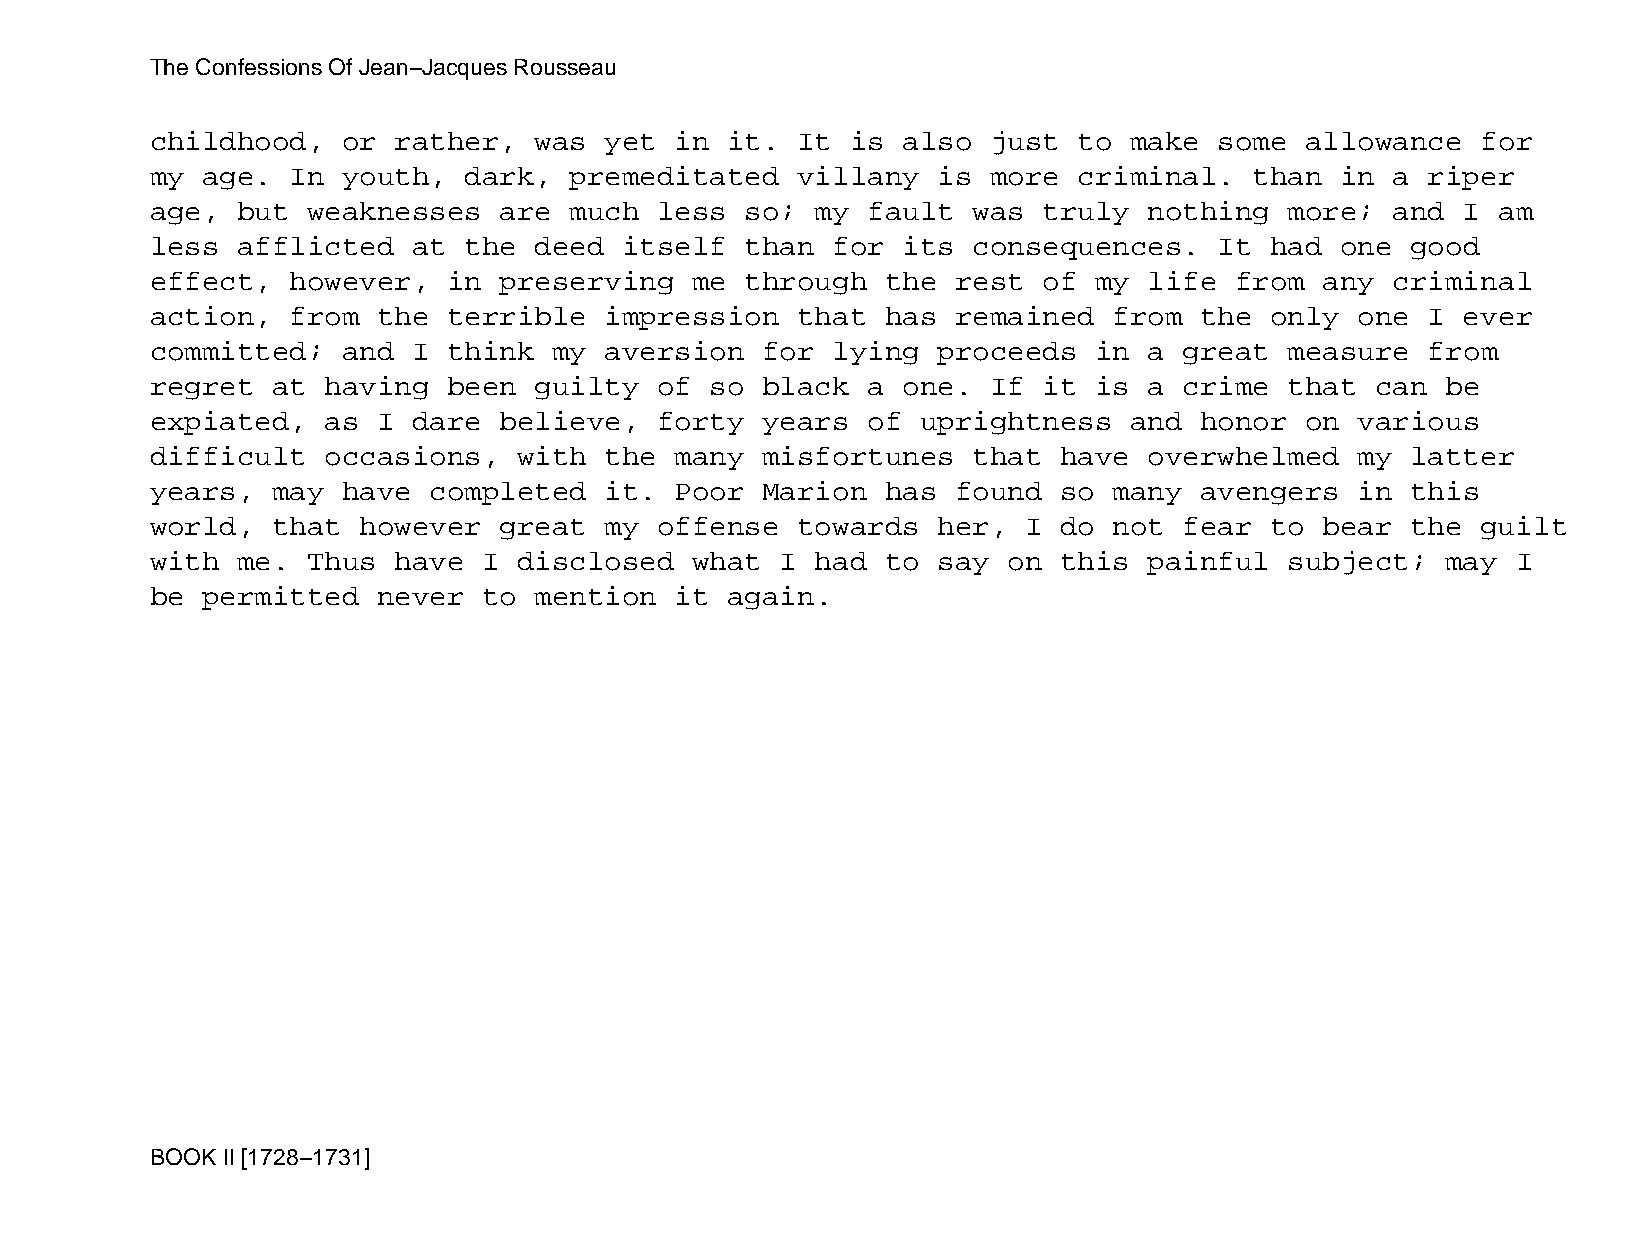
The Confessions Of Jean−Jacques Rousseau
 childhood,   or rather,  was  yet  in it.  It is  also  just to  make  some allowance   for
 my age.  In  youth,  dark,  premeditated   villany  is  more criminal.   than  in a  riper
 age,  but weaknesses   are  much  less so;  my fault  was  truly  nothing  more;  and  I am
 less  afflicted  at  the deed  itself  than  for  its consequences.    It had  one good
 effect,  however,   in preserving   me through   the rest  of my  life  from  any criminal
 action,  from  the  terrible  impression   that  has remained   from the  only  one  I ever
 committed;   and I  think  my aversion  for  lying  proceeds  in  a great  measure   from
 regret  at  having  been guilty   of so black  a  one.  If it is  a crime  that  can  be
 expiated,   as I dare  believe,   forty years  of  uprightness   and honor  on  various
 difficult   occasions,  with  the  many misfortunes   that  have  overwhelmed   my latter
 years,  may  have completed   it.  Poor Marion   has found  so  many avengers   in this
 world,  that  however  great  my  offense  towards  her,  I do  not fear  to  bear the  guilt
 with  me. Thus  have  I disclosed   what  I had  to say  on this  painful  subject;   may I
 be permitted   never  to mention   it again.
 BOOK II [1728−1731]